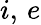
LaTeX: i,\, e